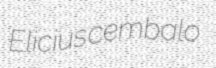
Elicius cembalo